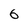
Character: 6